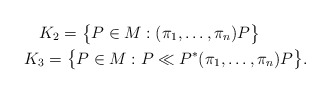
\begin{gather*}K_2=\bigl\{P\in M:(\pi_1,\ldots,\pi_n)P\bigr\}\quad\quad\\K_3=\bigl\{P\in M:P\ll P^*(\pi_1,\ldots,\pi_n)P\bigr\}.\end{gather*}